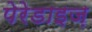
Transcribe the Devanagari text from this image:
पेरेडाइज़